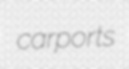
carports